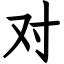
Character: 对